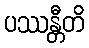
ပဿန္တီတိ